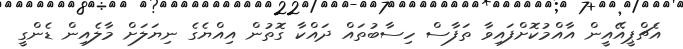
އެޗްޕީއޭއީން އާއްމުކޮށްފައިވާ ތަފާސް ހިސާބުތައް ދައްކާ ގޮތުން އިއްޔެގެ ނިޔަލަށް މާލެއިން ޑެންގީ